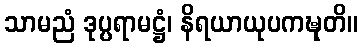
သာမညံ ဒုပ္ပရာမဋ္ဌံ၊ နိရယာယုပကဍ္ဎုတိ။